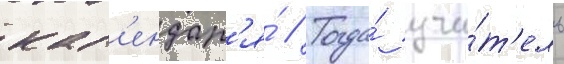
кал'ендар'я́ // Тогда́ учи́т'ель